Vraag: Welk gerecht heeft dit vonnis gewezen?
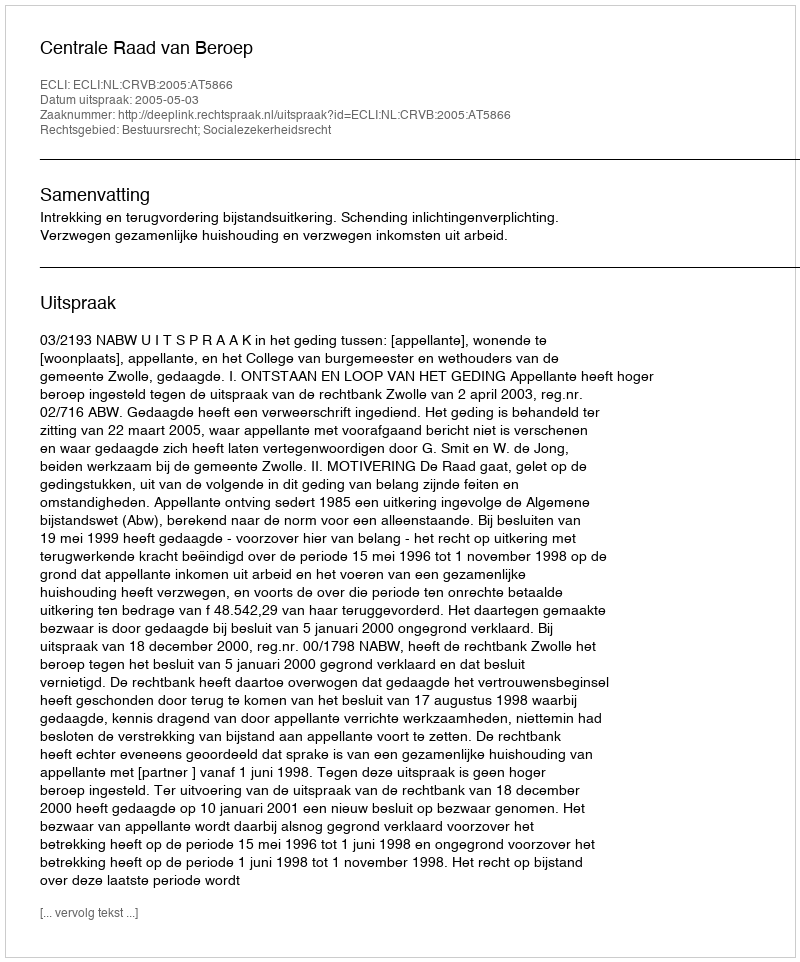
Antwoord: Centrale Raad van Beroep